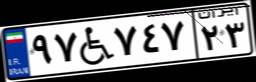
۹۷W۷۴۷۲۳